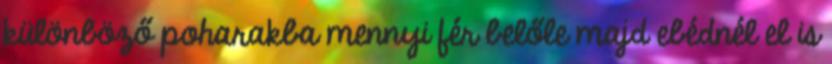
különböző poharakba mennyi fér belőle majd ebédnél el is